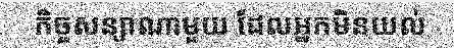
កិច្ចសន្យាណាមួយ ដែលអ្នកមិនយល់